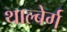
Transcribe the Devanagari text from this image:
थाल्बेर्ग